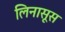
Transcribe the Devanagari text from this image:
लिनासूस